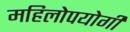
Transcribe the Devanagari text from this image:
महिलोपयोगी